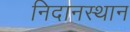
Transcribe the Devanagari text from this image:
निदानस्थान